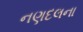
નણદલના